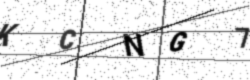
Text: KCNG7